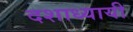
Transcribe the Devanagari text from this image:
दशाध्यायी